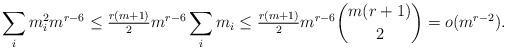
LaTeX: \begin{align*}\sum_{i} m_i^2 m^{r-6}\le \tfrac{r(m+1)}{2} m^{r-6}\sum_i m_i\le \tfrac{r(m+1)}{2} m^{r-6}\binom{m(r+1)}{2}=o(m^{r-2}).\end{align*}